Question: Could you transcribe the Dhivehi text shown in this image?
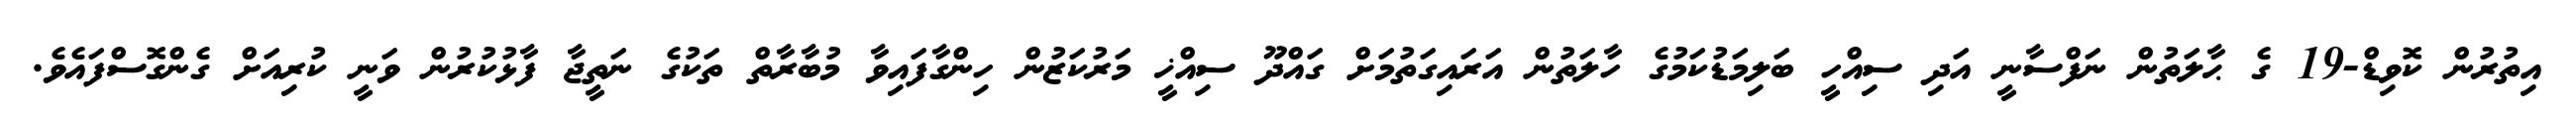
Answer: އިތުރުން ކޮވިޑް-19 ގެ ޙާލަތުން ނަފްސާނީ އަދި ސިއްހީ ބަލިމަޑުކަމުގެ ހާލަތުން އަރައިގަތުމަށް ގައްދޫ ސިއްޚީ މަރުކަޒުން ހިންގާފައިވާ މުބާރާތް ތަކުގެ ނަތީޖާ ފާޅުކުރުން ވަނީ ކުރިއަށް ގެންގޮސްފައެވެ.